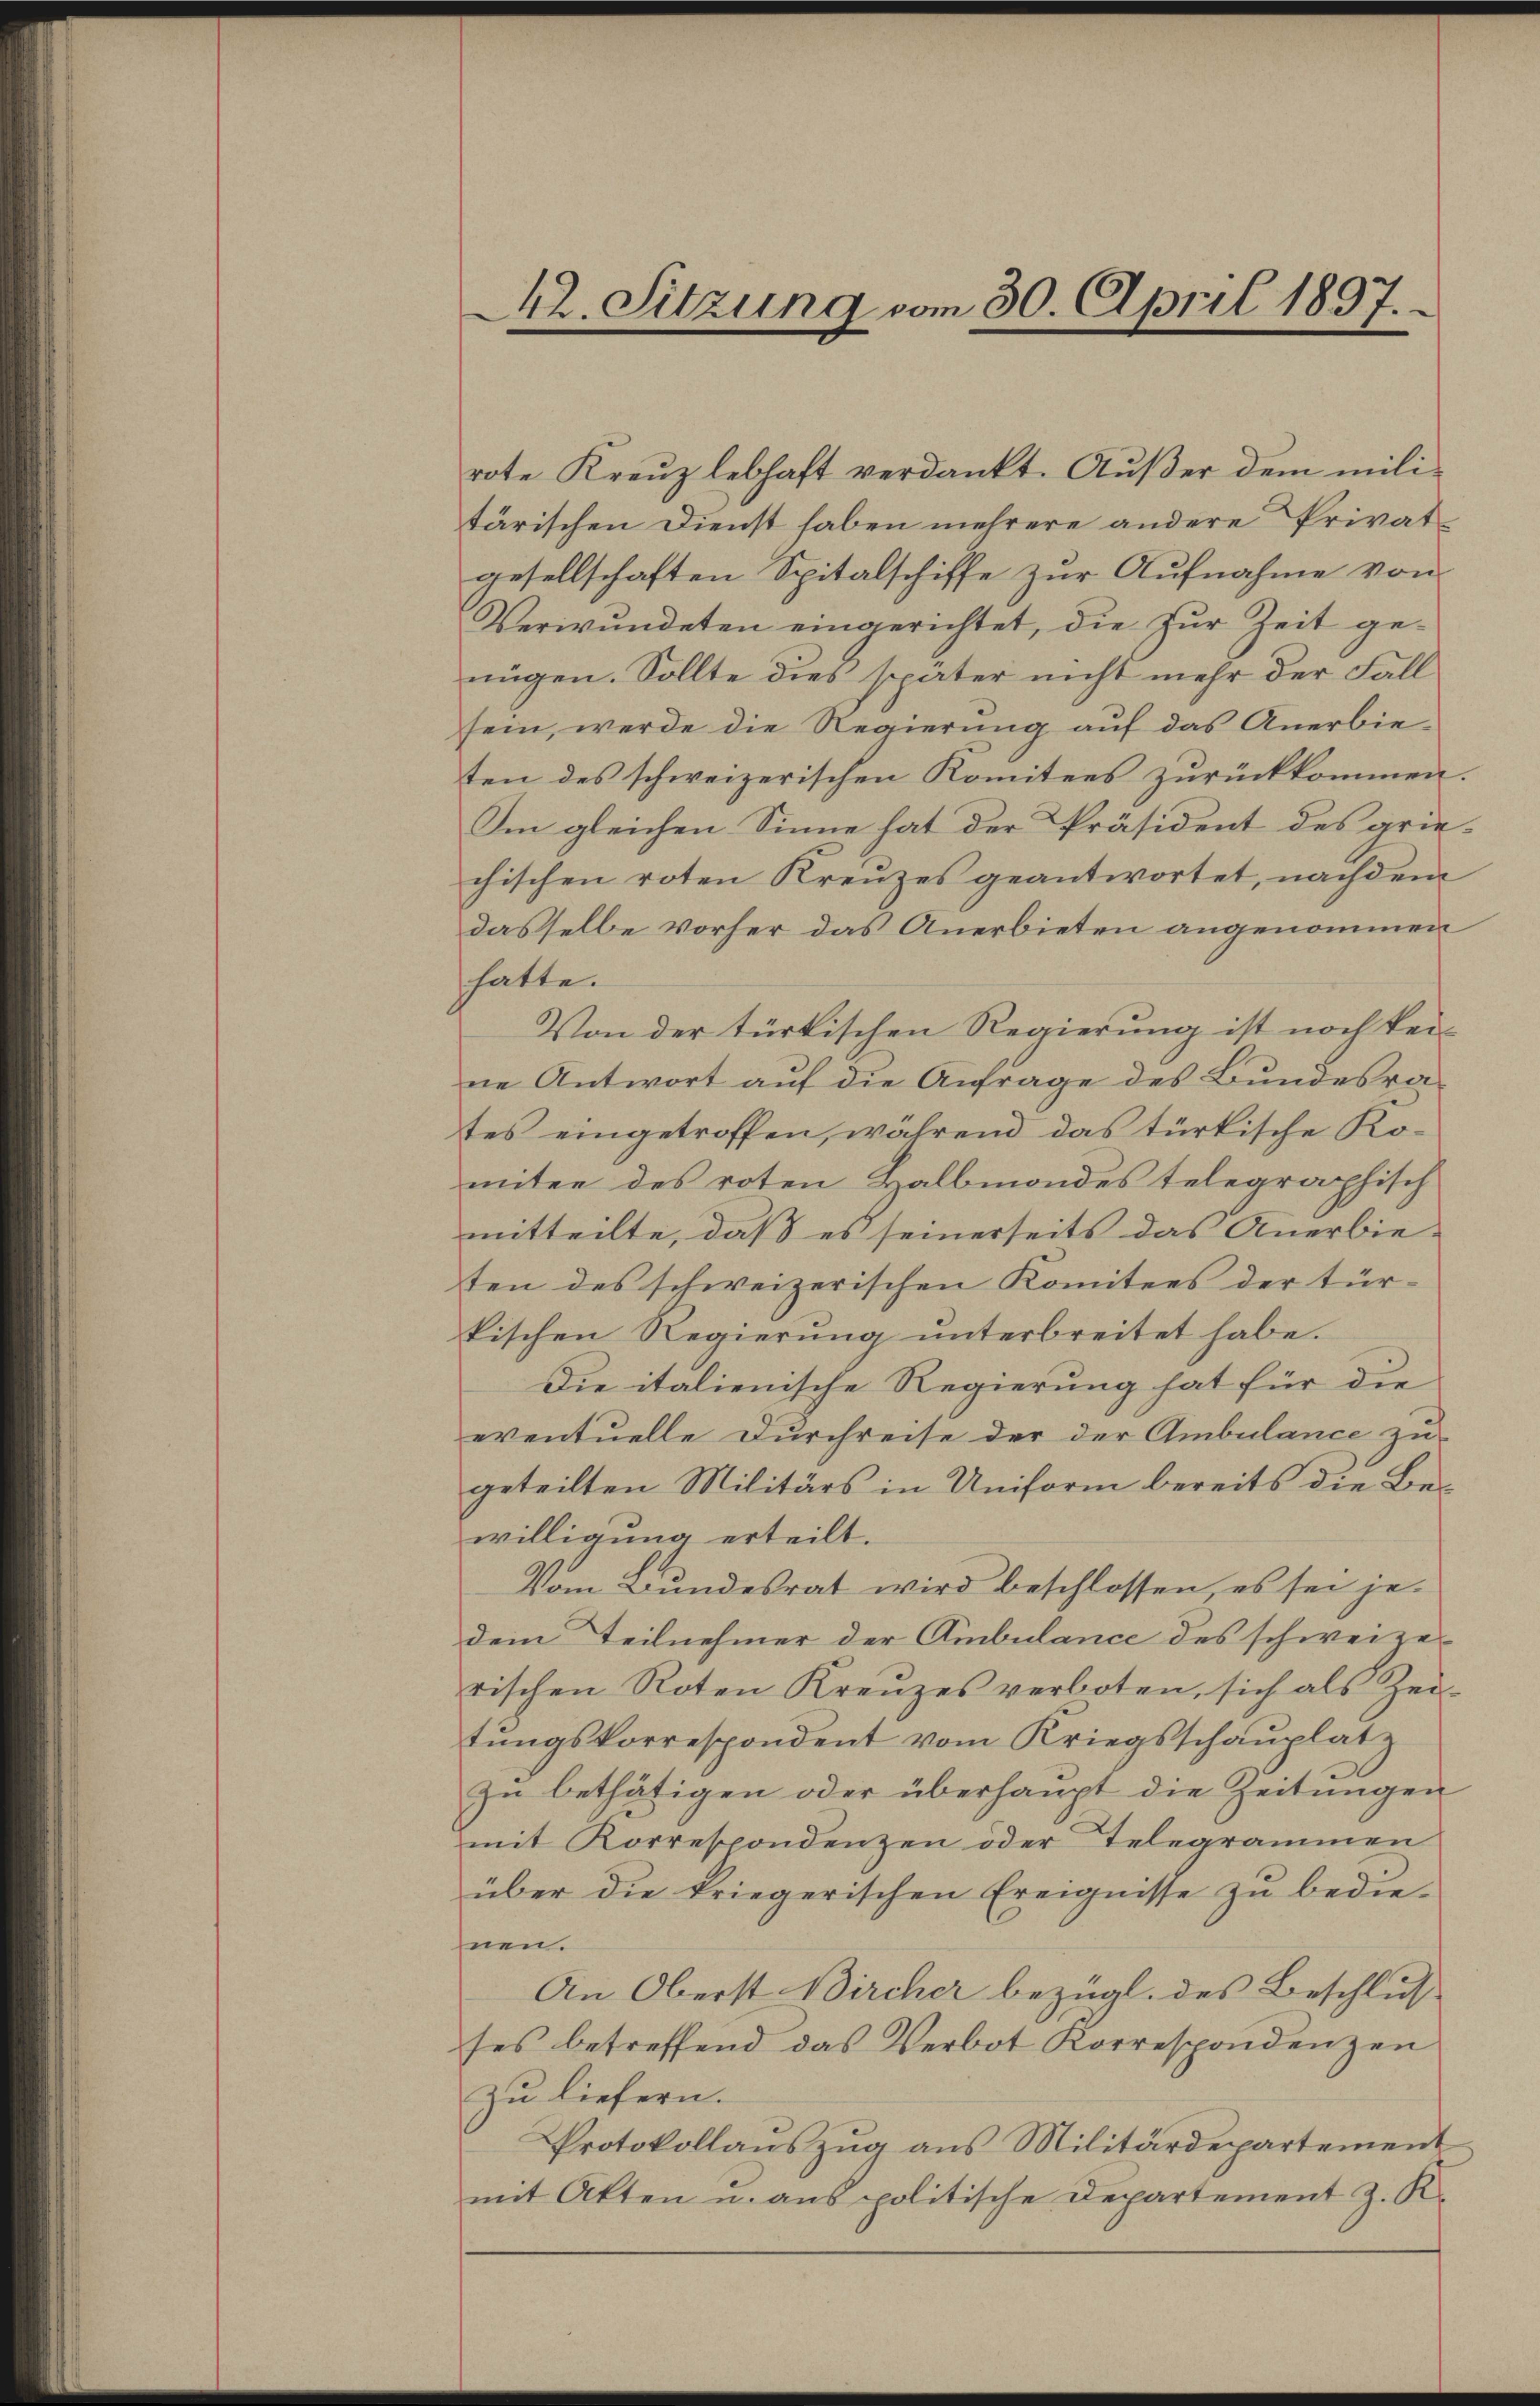
rote Kreuz lebhaft verdankt. Außer dem militärischen Dienst haben mehrere andere Privatgesellschaften Spitalschiffe zur Aufnahme von
Verwundeten eingerichtet, die zur Zeit genügen. Sollte dies später nicht mehr der Fall
sein, werde die Regierung auf das Anerbieten des schweizerischen Komitees zurückkommen.
Im gleichen Sinne hat der Präsident des griechischen roten Kreuzes geantwortet, nachdem
dasselbe vorher das Anerbieten angenommen
hatte.
Von der türkischen Regierung ist noch keine Antwort aŭf die Anfrage des Bŭndesra-
tes eingetroffen, während das türkische Komitee des roten Halbmondes telegraphisch
mitteilte, daß es seinerseits das Anerbie-
ten des schweizerischen Komitees der türkischen Regierŭng ŭnterbreitet habe.
Die italienische Regierung hat für die
eventuelle Durchreise der der Ambulance zu
geteilten Militärs in Uniform bereits die Bewilligung erteilt.
Vom Bundesrat wird beschlossen, es sei jedem Teilnehmer der Ambulance des schweize-
rischen Roten Kreŭzes verboten, sich als Zei-
tŭngskorrespondent vom Kriegsschaŭplatz
zu bethätigen oder überhaupt die Zeitungen
mit Korrespondenzen oder Telegrammen
über die kriegerischen Ereignisse zu bedie-
nen.
An Oberst Bircher bezügl. des Beschlus
ses betreffend das Verbot Korrespondenzen
zu liefern.
Protokollaŭszŭg ans Militärdepartement
mit Akten u. aus politische Departement z. K.

M2. Sitzung vom 30. April 1897.